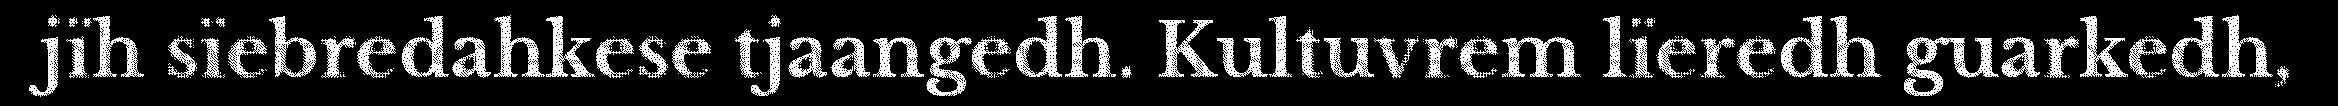
jïh sïebredahkese tjaangedh. Kultuvrem lïeredh guarkedh,